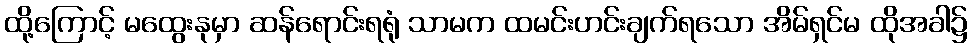
ထို့ကြောင့် မထွေးနုမှာ ဆန်ရောင်းရရုံ သာမက ထမင်းဟင်းချက်ရသော အိမ်ရှင်မ ထိုအခါ၌